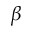
\beta